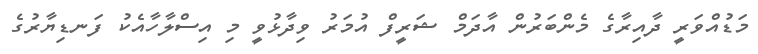
މަޑުއްވަރީ ދާއިރާގެ މެންބަރުން އާދަމް ޝަރީފް އުމަރު ވިދާޅުވީ މި އިސްލާހާއެކު ފަނޑިޔާރުގެ